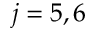
j = 5 , 6